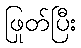
ဖြုတ်ပြီး